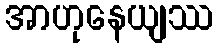
အာဟုနေယျဿ